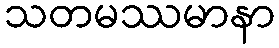
သတမဿမာနာ